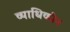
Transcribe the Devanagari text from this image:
व्याधिकीय